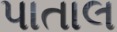
પાતાલ